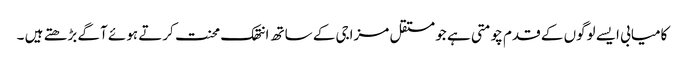
کامیابی ایسے لوگوں کے قدم چومتی ہے جو مستقل مزاجی کے ساتھ انتھک محنت کرتے ہوئے آگے بڑھتے ہیں ۔